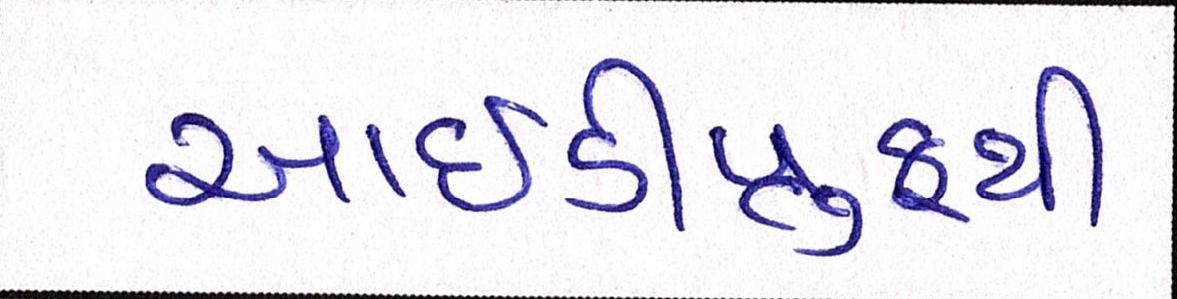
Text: આઇડીપ્રુફથી